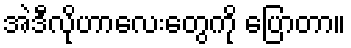
အဲဒီလိုဟာလေးတွေကို ပြောတာ။